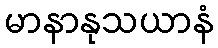
မာနာနုသယာနံ